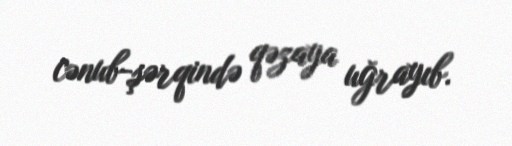
cənub-şərqində qəzaya uğrayıb.